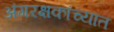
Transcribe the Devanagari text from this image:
अंगरक्षकांच्यात